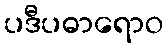
ပဒီပဓာရောဝ